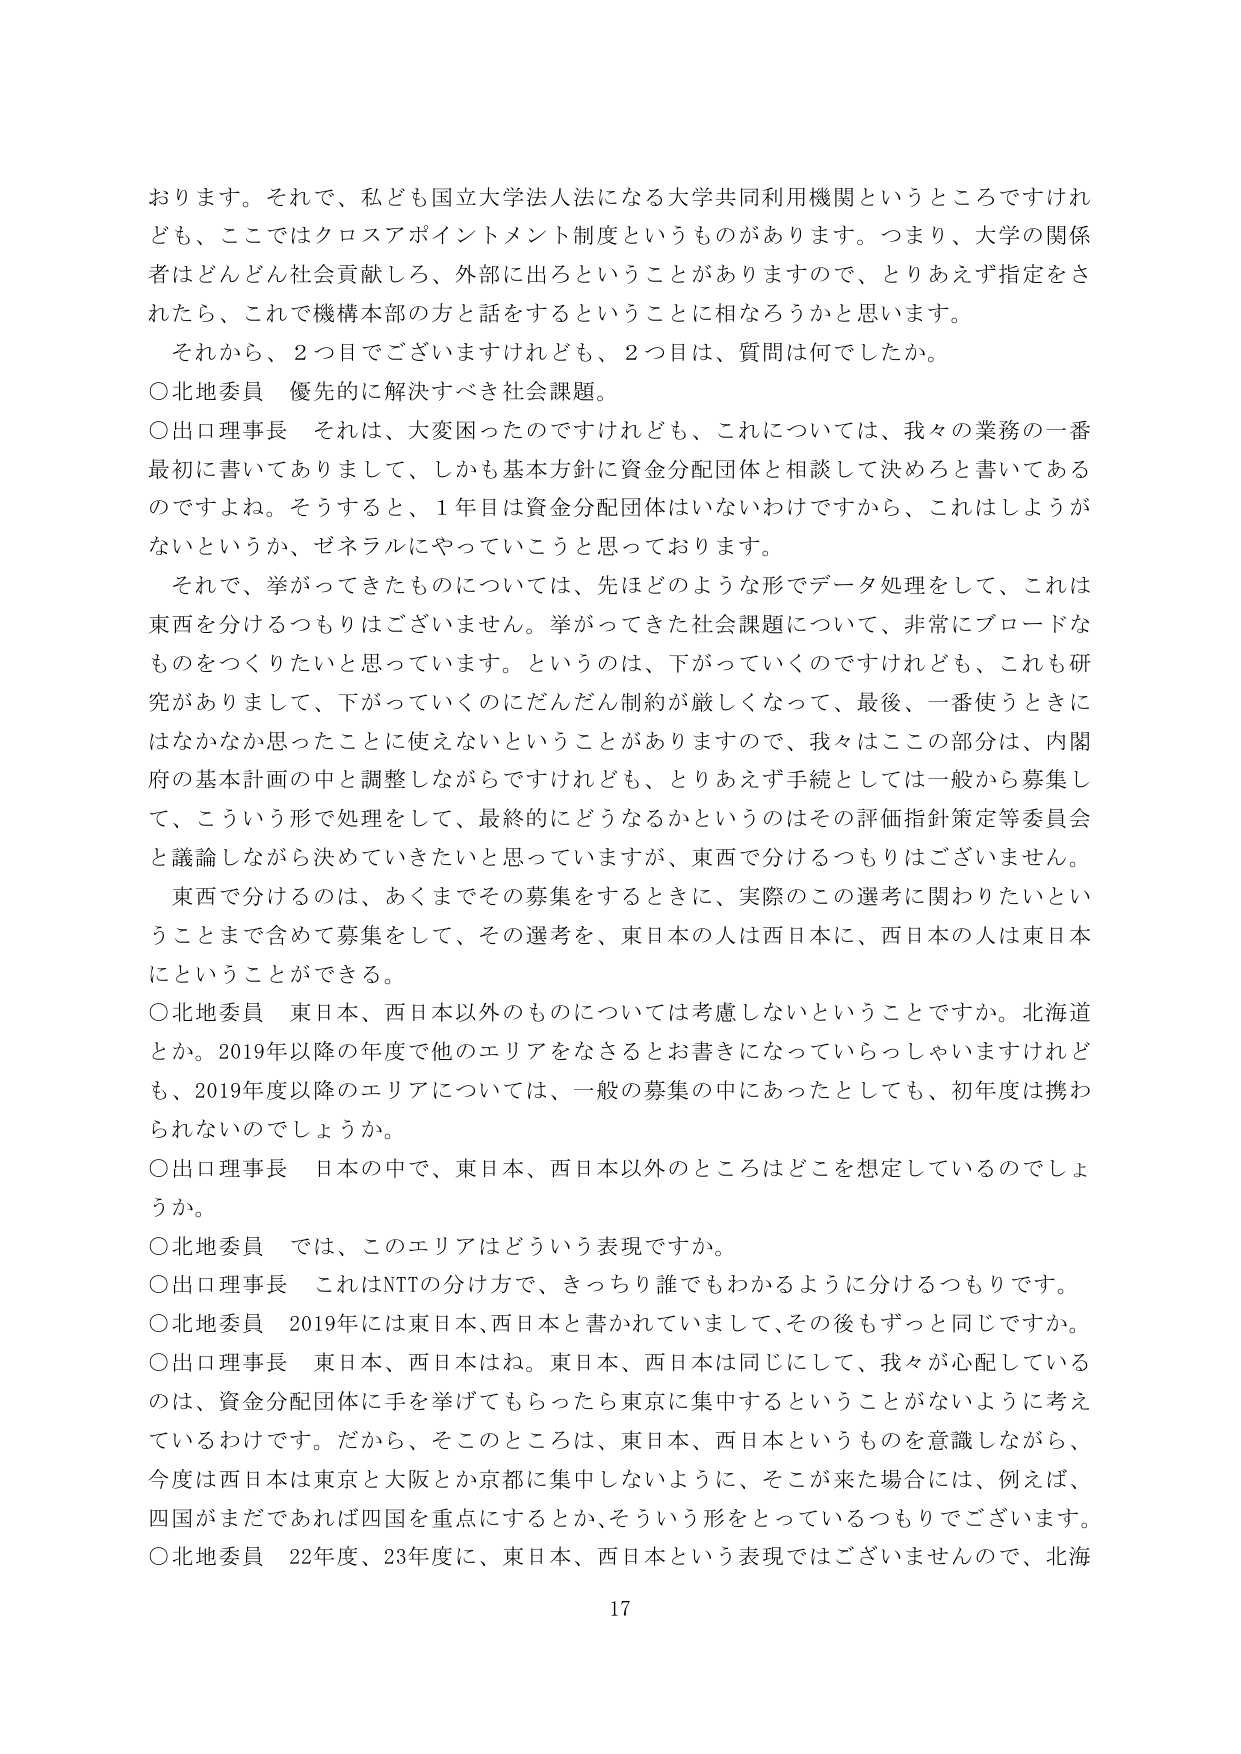
おります。それで、私ども国立大学法人法になる大学共同利用機関というところですけれども、ここではクロスアポイントメント制度というものがあります。つまり、大学の関係者はどんどん社会貢献しろ、外部に出ろということがありますので、とりあえず指定をされたら、これで機構本部の方と話をするということに相なろうかと思います。

それから、2つ目でございますけれども、2つ目は、質問は何でしたか。

○北地委員　優先的に解決すべき社会課題。

○出口理事長　それは、大変困ったのですけれども、これについては、我々の業務の一番最初に書いてありまして、しかも基本方針に資金分配団体と相談して決めろと書いてあるのですよね。そうすると、1年目は資金分配団体はないわけですから、これはしようがないというか、ゼネラルにやっていこうと思っております。

それでは、挙がってきたものについては、先はどのような形でデータ処理をして、これは東西を分けるつもりはございません。挙がってきた社会課題について、非常にブロードなものをつくりたいと思っています。というのは、下がっていくのですけれども、これも研究がありまして、下がっていくのにだんだん制約が厳しくなって、最後、一番使うときにはなかなか思ったことに使えないということがありますので、我々はこの部分は、内閣府の基本計画の中と調整しながらですけれども、とりあえず手続としては一般から募集して、こういう形で処理をして、最終的にどうなるかというのはその評価指針策定等委員会と議論しながら決めていきたいと思っていますが、東西で分けるつもりはございません。

東西で分けるのは、あくまでその募集をするときに、実際のこの選考に関わりたいということまで含めて募集をして、その選考を、東日本の人は西日本に、西日本の人とは東日本にということができる。

○北地委員　東日本、西日本以外のものについては考慮しないということですか。北海道とか。2019年以降の年度で他のエリアをなさるとお書きになっていらっしゃいますけれども、2019年度以降のエリアについては、一般の募集の中であったとしても、初年度は携わられないのでしょうか。

○出口理事長　日本の中で、東日本、西日本以外のところはどこを想定しているのでしょうか。

○北地委員　では、このエリアはどういう表現ですか。

○出口理事長　これはNTTの分け方で、きっちり誰でもわかるように分けるつもりです。

○北地委員　2019年には東日本、西日本と書かれていまして、その後もずっと同じですか。

○出口理事長　東日本、西日本はね。東日本、西日本は同じにして、我々が心配しているのは、資金分配団体に手を挙げてもらったたら東京に集中するということがないように考えているわけです。だから、そこのところは、東日本、西日本というものを意識しながら、今度は西日本は東京と大阪とか京都に集中しないように、そこが来た場合には、例えば、四国がまだであれば四国を重点にするとか、そういう形をとっているつもりでございます。

○北地委員　22年度、23年度に、東日本、西日本という表現ではございませんので、北海

17